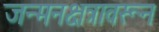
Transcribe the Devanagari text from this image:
जन्मनक्षत्रावरून